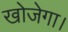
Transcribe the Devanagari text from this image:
खोजेगा।